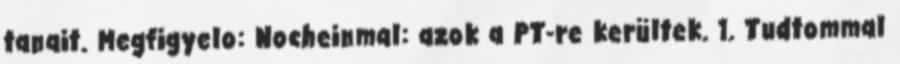
tanait. Megfigyelo: Nocheinmal: azok a PT-re kerültek. 1. Tudtommal